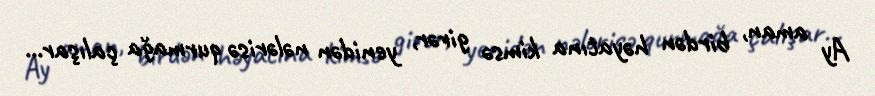
Ay aman, birdən həyatına kimsə girər, yenidən nələrisə qurmağa çalışar...